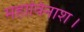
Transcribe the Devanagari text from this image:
महाविनाश।